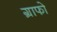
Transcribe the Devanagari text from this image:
ग्राफो